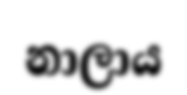
නාලාය